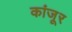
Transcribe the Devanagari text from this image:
कांजूर